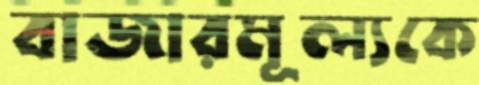
বাজারমূল্যকে